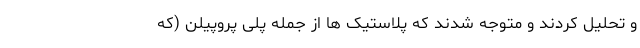
و تحلیل کردند و متوجه شدند که پلاستیک ها از جمله پلی پروپیلن (که